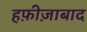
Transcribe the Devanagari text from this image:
हफ़ीज़ाबाद